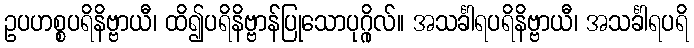
ဥပဟစ္စပရိနိဗ္ဗာယီ၊ ထိ၍ပရိနိဗ္ဗာန်ပြုသောပုဂ္ဂိုလ်။ အသင်္ခါရပရိနိဗ္ဗာယီ၊ အသင်္ခါရပရိ